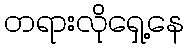
တရားလိုရှေ့နေ